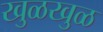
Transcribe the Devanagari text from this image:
खुळखुळ